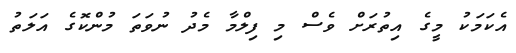
އެކަމަކު މީގެ އިތުރަށް ވެސް މި ފިލްމާ މެދު ނުވަތަ މުންކޮގެ އަލަތު